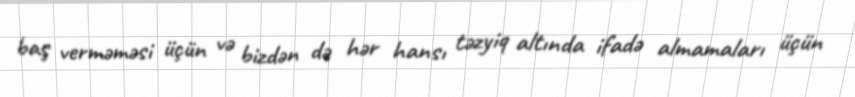
baş verməməsi üçün və bizdən də hər hansı təzyiq altında ifadə almamaları üçün